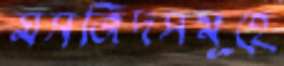
মসজিদসমূহে